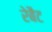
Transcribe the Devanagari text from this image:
रेबैट